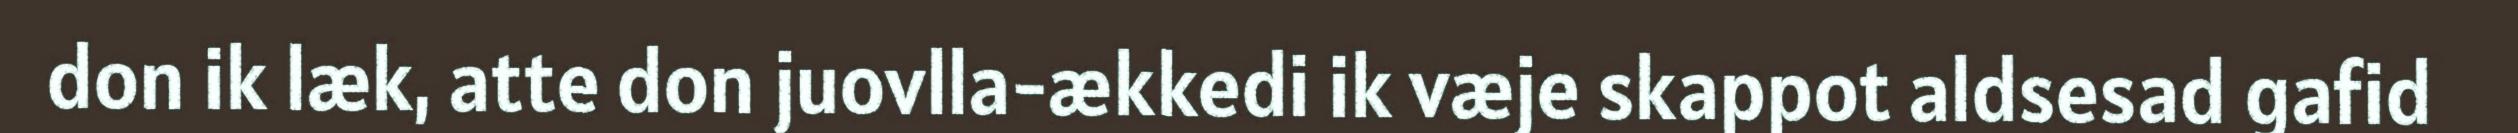
don ik læk, atte don juovlla-ækkedi ik væje skappot aldsesad gafid